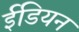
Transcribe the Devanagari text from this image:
ईडियन